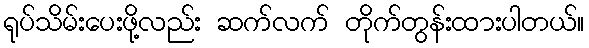
ရုပ်သိမ်းပေးဖို့လည်း ဆက်လက် တိုက်တွန်းထားပါတယ်။